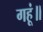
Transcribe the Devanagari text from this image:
गहूं॥